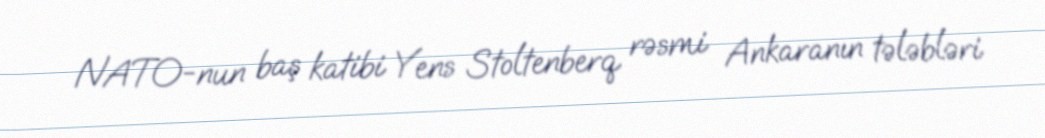
NATO-nun baş katibi Yens Stoltenberq rəsmi Ankaranın tələbləri